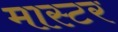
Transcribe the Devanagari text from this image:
मास्टर